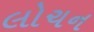
લોચન